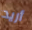
أريد